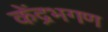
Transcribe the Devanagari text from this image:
केंद्रभगण